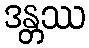
ဒန္တဿ